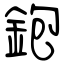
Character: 鉋